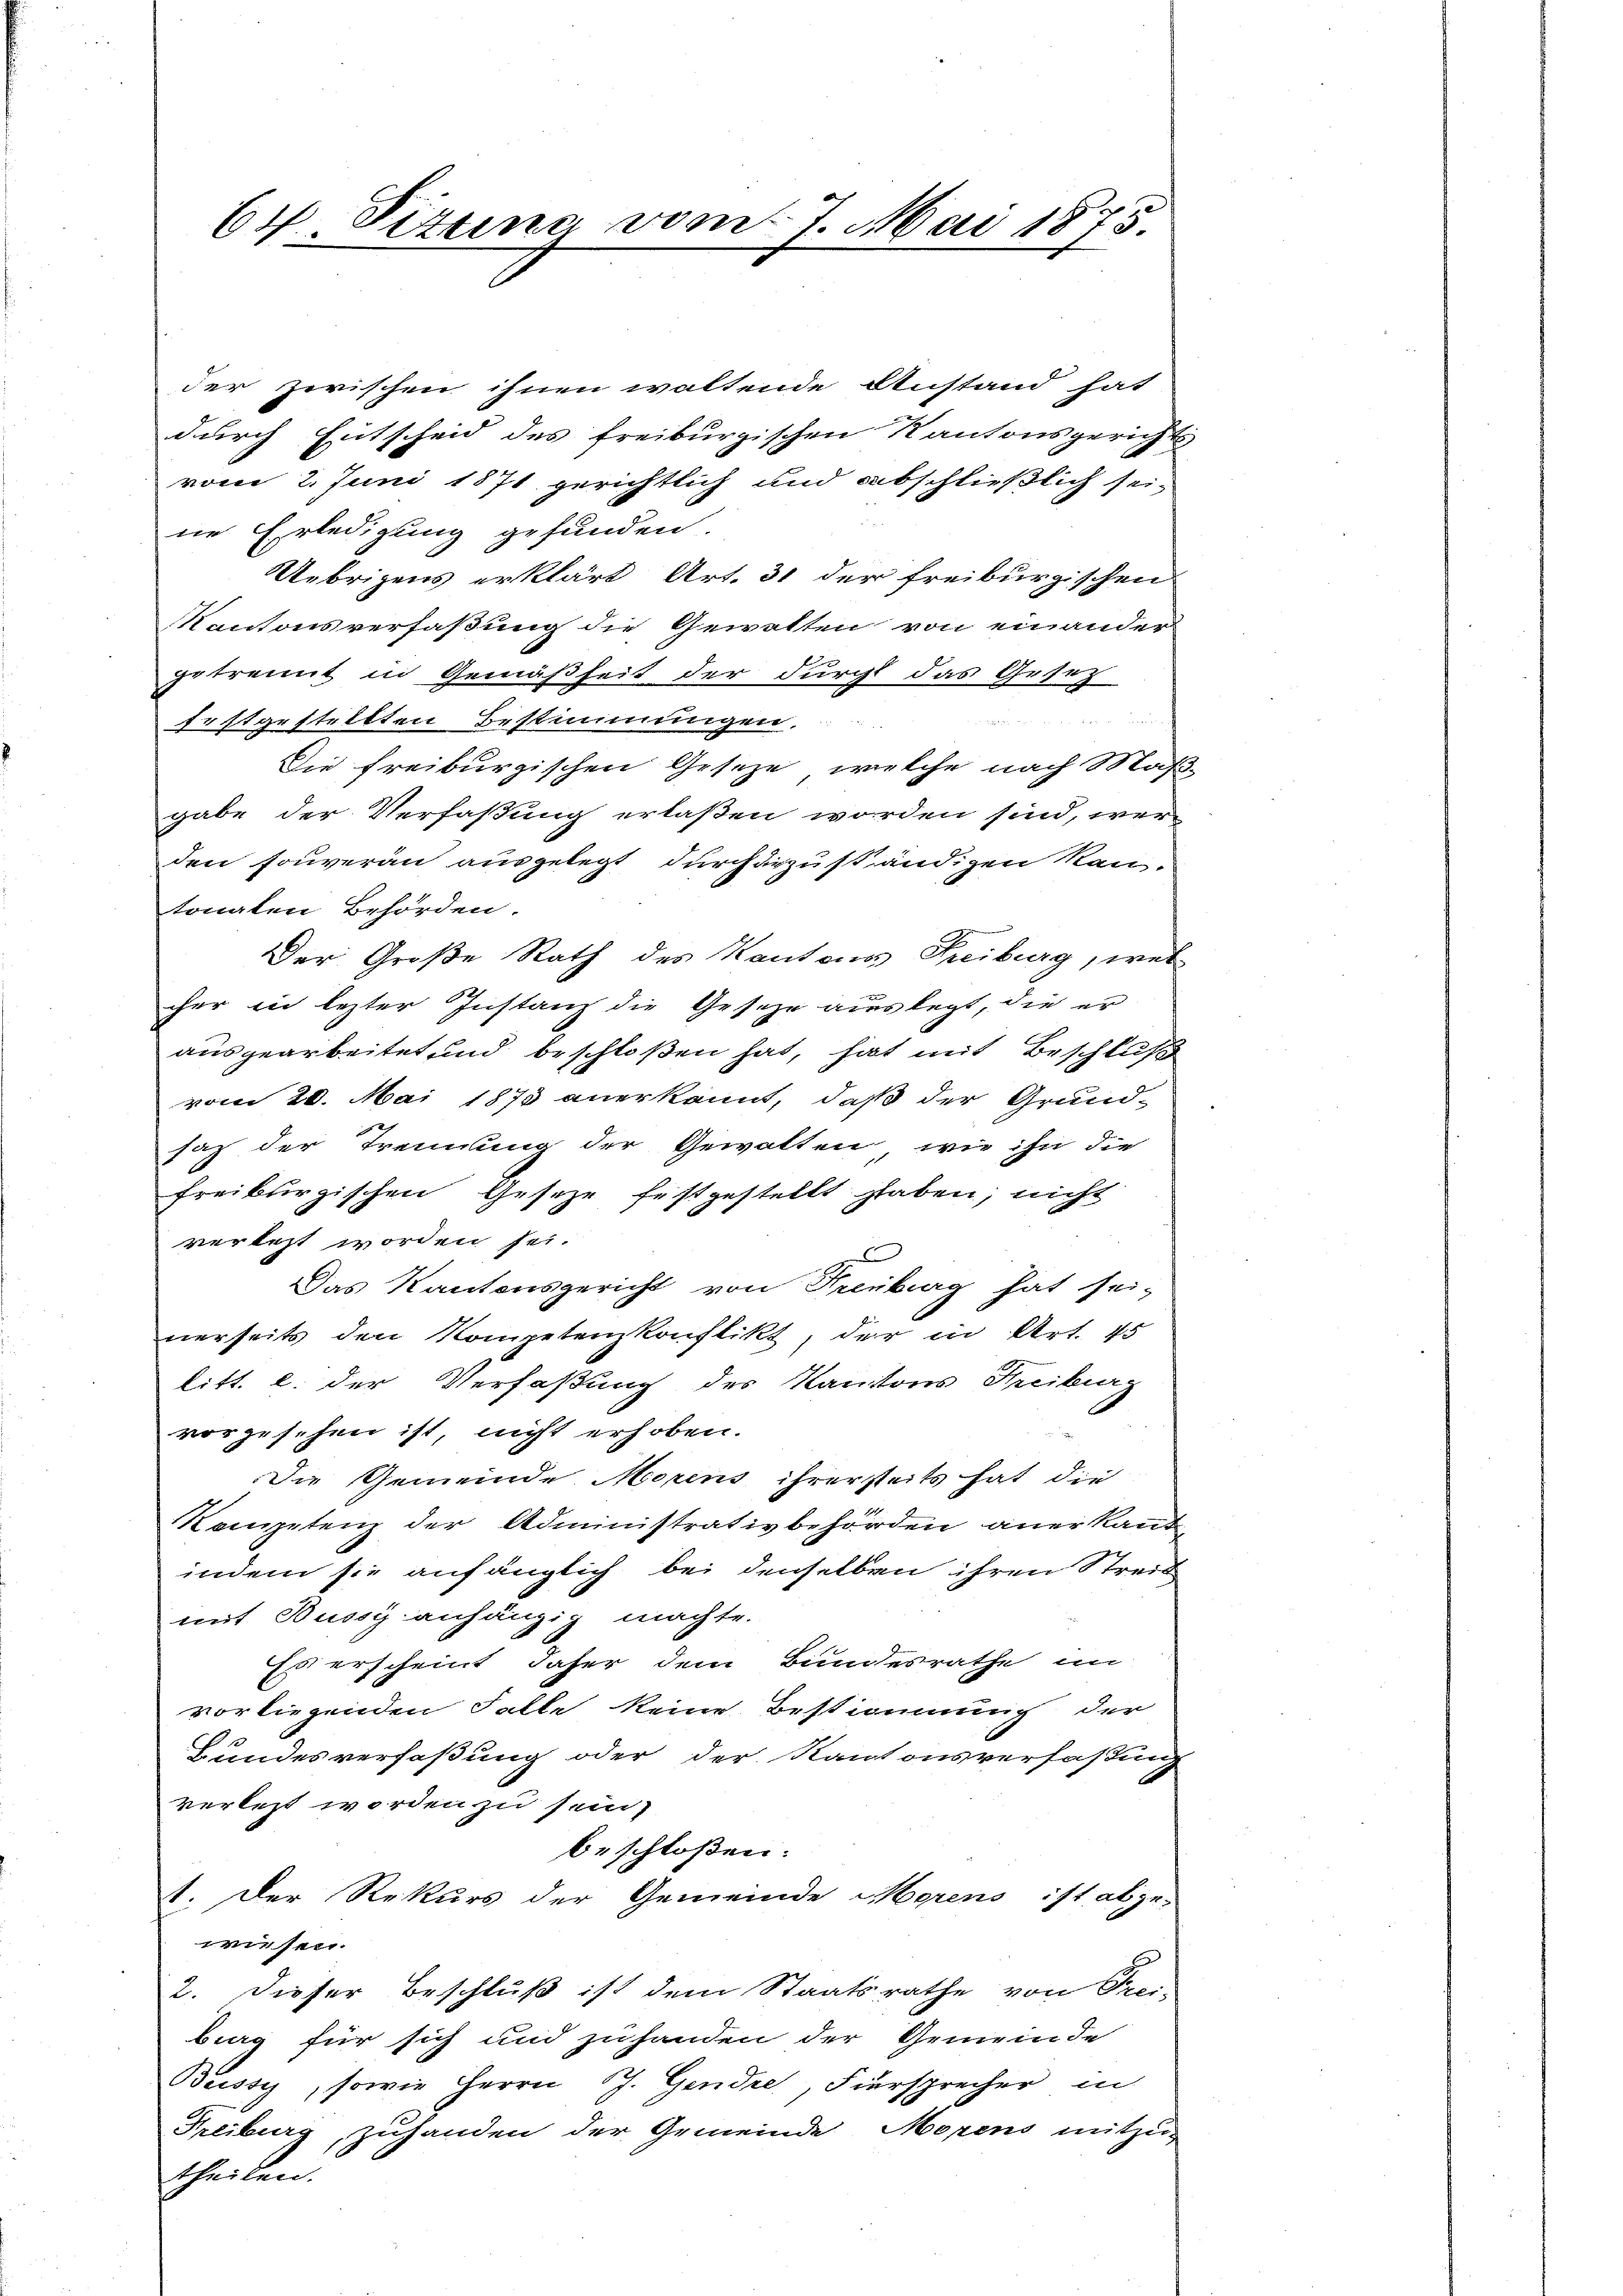
der zwischen ihnen waltende Anstand hat
durch Entscheid des freiburgischen Kantonsgerichts-
vom 2. Juni 1871 gerichtlich und abschließlich sei,
ne Erledigung gefunden.
Uebrigens erklärt Art. 31 der freiburgischen
Kantonsverfaßung die Gewitten von einander
getrennt in Gemäßheit der durchl das Gesez¬

festgestellten Bestimmungen.
Die freiburgischen Geseze, welche nach Maß-
gabe der Verfaßung erlaßen worden sind, werden souveran ausgelegt durcharzuständigen an-
tonalen Behörden.
Der Große Rath des Kantons Freiburg, wel
cher in lezter Instanz die Gesetze auslegt, die er
ausgearbeitet und beschloßen hat, hat mit Beschluß
vom 20. Mai 1873 anerkannt, daß der Grund-
saz der Trennung der Gewalten, wie ihn die
freiburgischen Gesetze festgestellt haben; nicht
vertest worden sei.
Das Kantonsgericht von Freiburg hat sei-
nerseits den Kompetenzkonflikt, der in Art. 45
litt. l. der Verfaßung des Kantons Freiburg
vorgesehen ist, nicht erhoben.
Die Gemeinde Morens ihrerseits hat die
Kompetenz der Administrativbehörden anerkannt,
indem sie anfänglich bei denselben ihren Streit
mit Bussy anhängig machte.
Es erscheint daher dem Bundesrathe in
vorliegenden Falle keine Bestimmung der
Bundesverfaßung oder der Kantonsverfassung
verletzt worden zu sein,
beschloßen:
1. Der Rekurs der Gemeinde Morens ist abge-
wiesen.
2. Dieser Beschluß ist dem Staatsrathe von Frei-
burg für sich und zuhanden der Gemeinde
Büssy, sowie Herrn Rh. Gendre, Fiersprecher in
Freiburg, zuhanden der Gemeinde Morens mitzu-
theilen.

64 Sizung vom 7. Mai 1875.